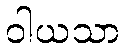
ဝါယသာ